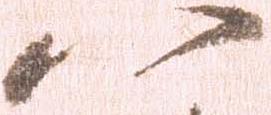
八